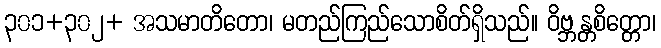
၃၀၁+၃၀၂+ အသမာတိတော၊ မတည်ကြည်သောစိတ်ရှိသည်။ ဝိဗ္ဘန္တစိတ္တော၊